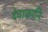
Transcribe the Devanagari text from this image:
देवाकानि